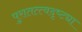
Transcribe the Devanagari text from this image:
पुरातत्त्वदृष्ट्या